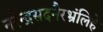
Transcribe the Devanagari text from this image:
नरेन्द्रसदनैरभ्रंलिहे